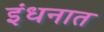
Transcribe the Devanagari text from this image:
इंधनात